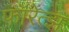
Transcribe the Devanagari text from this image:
फॉरेत्झ